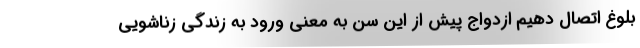
بلوغ اتصال دهیم ازدواج پیش از این سن به معنی ورود به زندگی زناشویی